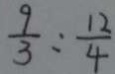
\frac { 9 } { 3 } : \frac { 1 2 } { 4 }